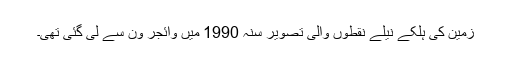
زمین کی ہلکے نیلے نقطوں والی تصویر سنہ 1990 میں وائجر ون سے لی گئی تھی۔